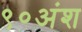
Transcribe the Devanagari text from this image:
९०अंश